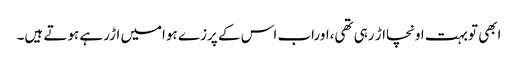
ابھی توبہت اونچااڑ رہی تھی،اوراب اس کے پرزے ہوامیں اڑرہے ہوتے ہیں۔